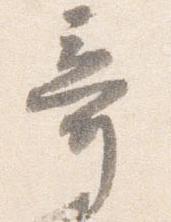
奇